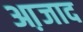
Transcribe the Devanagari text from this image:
आ़जाद